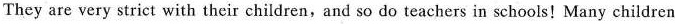
They are very strict with their children,and so do teachers in schools! Many children